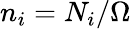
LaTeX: n_{i}=N_{i}/\Omega